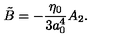
\tilde { B } = - { \frac { \eta _ { 0 } } { 3 a _ { 0 } ^ { 4 } } } A _ { 2 } .